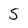
Character: 5